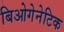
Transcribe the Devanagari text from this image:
बिओगेनेटिक